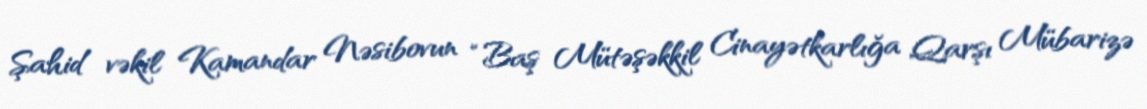
Şahid vəkil Kamandar Nəsibovun “Baş Mütəşəkkil Cinayətkarlığa Qarşı Mübarizə